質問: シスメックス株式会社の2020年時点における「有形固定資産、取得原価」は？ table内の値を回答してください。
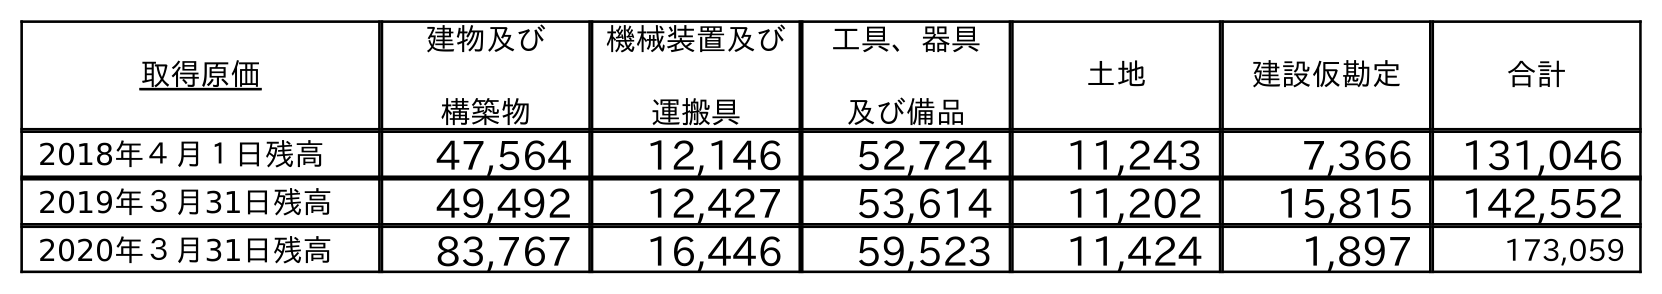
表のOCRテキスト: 取得原価 建物及び 構築物 機械装置及び 運搬具 工具、器具 及び備品 土地 建設仮勘定 合計 2018年４月１日残高 47,564 12,146 52,724 11,243 7,366 131,046 2019年３月31日残高 49,492 12,427 53,614 11,202 15,815 142,552 2020年３月31日残高 83,767 16,446 59,523 11,424 1,897 173,059
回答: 173,059